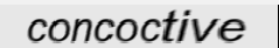
concoctive